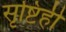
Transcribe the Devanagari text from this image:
सृष्टिही